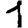
Digit: 1